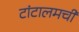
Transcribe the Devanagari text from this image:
टांटालमची